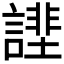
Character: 𧫔